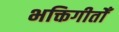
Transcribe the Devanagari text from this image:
भक्तिगीतोँ